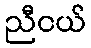
ညီငယ်